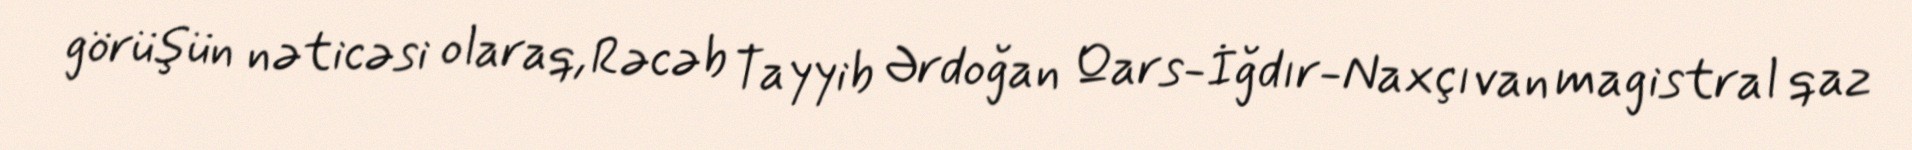
görüşün nəticəsi olaraq, Rəcəb Tayyib Ərdoğan Qars-İğdır-Naxçıvan magistral qaz